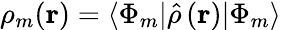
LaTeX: \rho_{m}(\mathbf{r})=\langle\Phi_{m}\vert\hat{\rho}\left(\mathbf{r}\right)\vert\Phi_{m}\rangle